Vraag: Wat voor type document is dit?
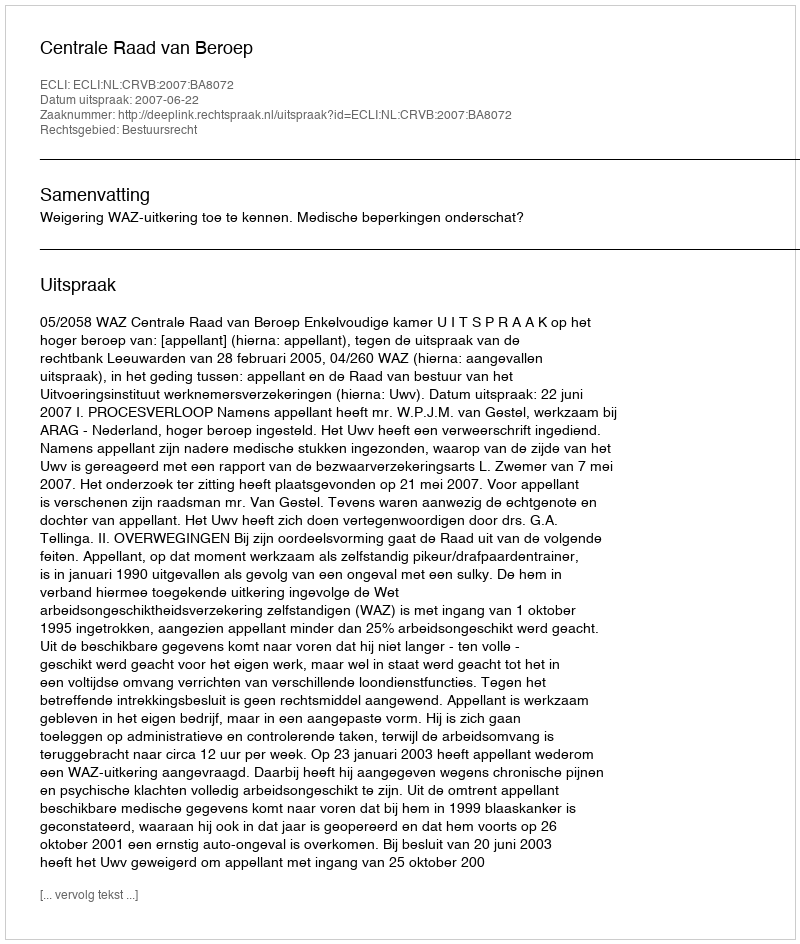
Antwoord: Uitspraak